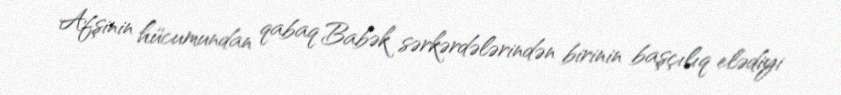
Afşinin hücumundan qabaq Babək sərkərdələrindən birinin başçılıq elədiyi